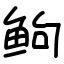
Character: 𬶋